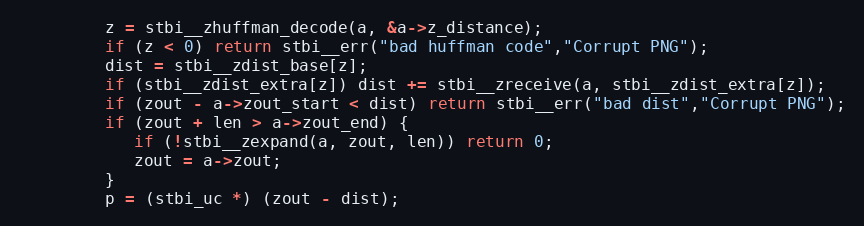
Language: C
         z = stbi__zhuffman_decode(a, &a->z_distance);
         if (z < 0) return stbi__err("bad huffman code","Corrupt PNG");
         dist = stbi__zdist_base[z];
         if (stbi__zdist_extra[z]) dist += stbi__zreceive(a, stbi__zdist_extra[z]);
         if (zout - a->zout_start < dist) return stbi__err("bad dist","Corrupt PNG");
         if (zout + len > a->zout_end) {
            if (!stbi__zexpand(a, zout, len)) return 0;
            zout = a->zout;
         }
         p = (stbi_uc *) (zout - dist);